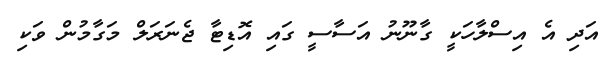
އަދި އެ އިސްލާހަކީ ގާނޫނު އަސާސީ ގައި އޮޑިޓާ ޖެނަރަލް މަގާމުން ވަކި